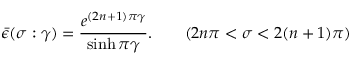
\bar { \epsilon } ( \sigma : \gamma ) = \frac { e ^ { ( 2 n + 1 ) \pi \gamma } } { \sinh \pi \gamma } . \qquad ( 2 n \pi < \sigma < 2 ( n + 1 ) \pi )